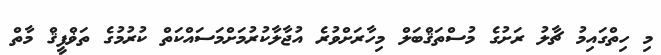
މި ހިތްގައިމު ޗާލު ރަށުގެ މުސްތަޤްބަލް މިހާރަށްވުރެ އުޖާލާކުރުމަށްމަސައްކަތް ކުރުމުގެ ތަޥްފީޤް މާތް